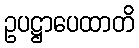
ဥပဋ္ဌာပေထာတိ